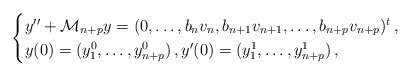
\begin{align*}\begin{cases}y^{\prime\prime} + \mathcal{M}_{n+p}y=(0, \ldots, b_n v_n, b_{n+1} v_{n+1}, \ldots, b_{n+p}v_{n+p})^t \,,\\y(0)=(y_1^0, \ldots, y_{n+p}^0)\,, y^{\prime}(0)=(y_1^1, \ldots, y_{n+p}^1) \,,\end{cases}\end{align*}